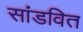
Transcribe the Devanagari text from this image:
सांडवित